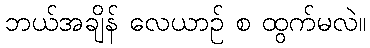
ဘယ်အချိန် လေယာဉ် စ ထွက်မလဲ။